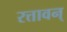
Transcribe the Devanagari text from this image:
रत्तावन्